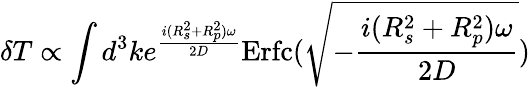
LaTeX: \delta T\propto\int d^{3}ke^{\frac{i(R_{s}^{2}+R_{p}^{2})\omega}{2D}}\mathrm{Erfc}(\sqrt{-\frac{i(R_{s}^{2}+R_{p}^{2})\omega}{2D}})